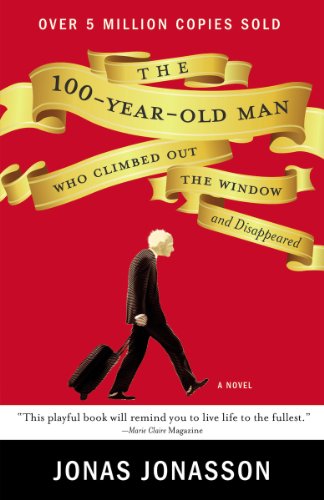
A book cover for The 100-Year-Old Man Who Climbed Out the Window and Disappeared; Jonas Jonasson; Literature & Fiction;